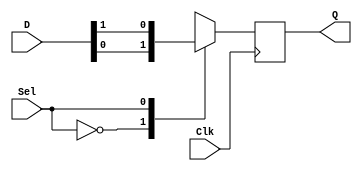
module mux_2x1_dff (
    output reg Q,
    input wire[1:0] D,
    input Clk,Sel
);
    always @(negedge Clk ) begin
        case (Sel)
            1'b0:Q=D[0];
            1'b1:Q=D[1]; 
            default: Q=1'bz;
        endcase
    end
endmodule